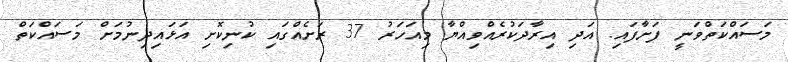
މަސައްކަތްވަނީ ފަށާފައި. އަދި އިރާދަކުރެއްވިއްޔާ މިއަހަރު 37 ރަށެއްގައި ކުނިކޮށި އަޅައިދިނުމަށް މަސައްކަތް